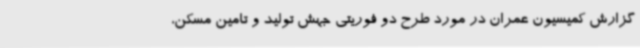
گزارش کمیسیون عمران در مورد طرح دو فوریتی جهش تولید و تامین مسکن،